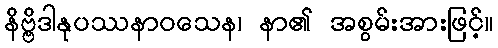
နိဗ္ဗိဒါနုပဿနာဝသေန၊ နာ၏ အစွမ်းအားဖြင့်။